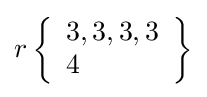
r\left\{{\begin{array}{l}3,3,3,3\\4\end{array}}\right\}